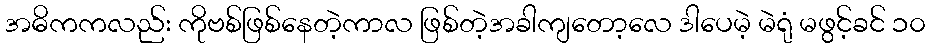
အဓိကကလည်း ကိုဗစ်ဖြစ်နေတဲ့ကာလ ဖြစ်တဲ့အခါကျတော့လေ ဒါပေမဲ့ မဲရုံ မဖွင့်ခင် ၁၀